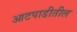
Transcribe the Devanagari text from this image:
आटपाडीतील